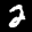
Label: 2